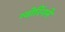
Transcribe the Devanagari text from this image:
ग्योरिंगने